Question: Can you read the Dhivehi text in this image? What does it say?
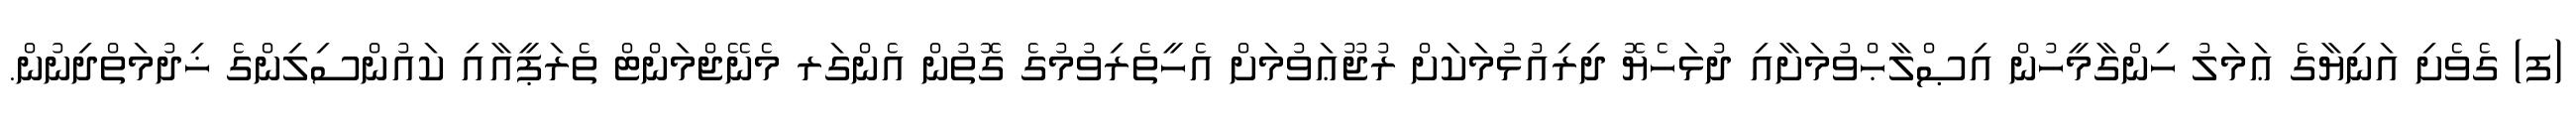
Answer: (ފ) ގެވެށި އަނިޔާގެ ޢަމަލު ހިންގާމީހުން އިޞްލާޙްވުމަށާއި ދުޅަހެޔޮ ދިރިއުޅުމަކަށް ރުޖޫޢަވުމަށް އެހީތެރިވުމުގެ ގޮތުން އެންގަރ މެނޭޖްމަންޓް ތެރަޕީއާއި ކައުންސިލިންގެ ޚިދުމަތްދިނުން.